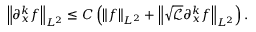
\left\| \partial _ { x } ^ { k } f \right\| _ { L ^ { 2 } } \leq C \left( \left\| f \right\| _ { L ^ { 2 } } + \left\| \sqrt { \mathscr { L } } \partial _ { x } ^ { k } f \right\| _ { L ^ { 2 } } \right) .